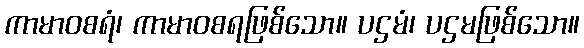
ကာမာဝစရံ၊ ကာမာဝစရဖြစ်သော။ ပဌမံ၊ ပဌမဖြစ်သော။